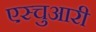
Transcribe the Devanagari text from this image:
एस्चुआरी